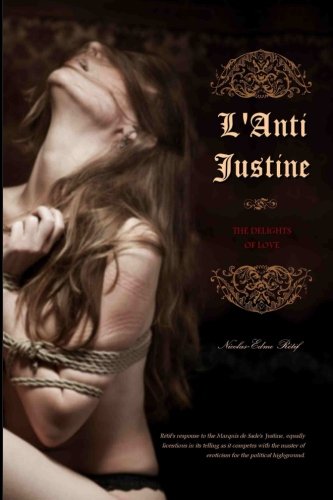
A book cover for L'Anti Justine: The Delights of Love; Nicolas-Edme Retif; Romance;